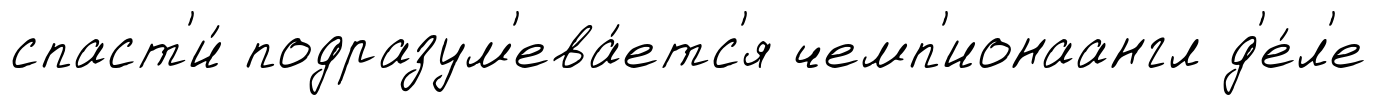
спаст'и́ подразум'ева́етс'я чемп'ионаангл д'е́л'е